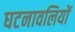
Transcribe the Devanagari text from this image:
घटनावलियों